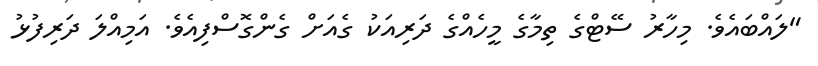
"ލައްބައެވެ. މިހާރު ސޭޓްގެ ތިމާގެ މީހެއްގެ ދަރިއަކު ގެއަށް ގެންގޮސްފިއެވެ. އަމިއްލަ ދަރިފުޅު